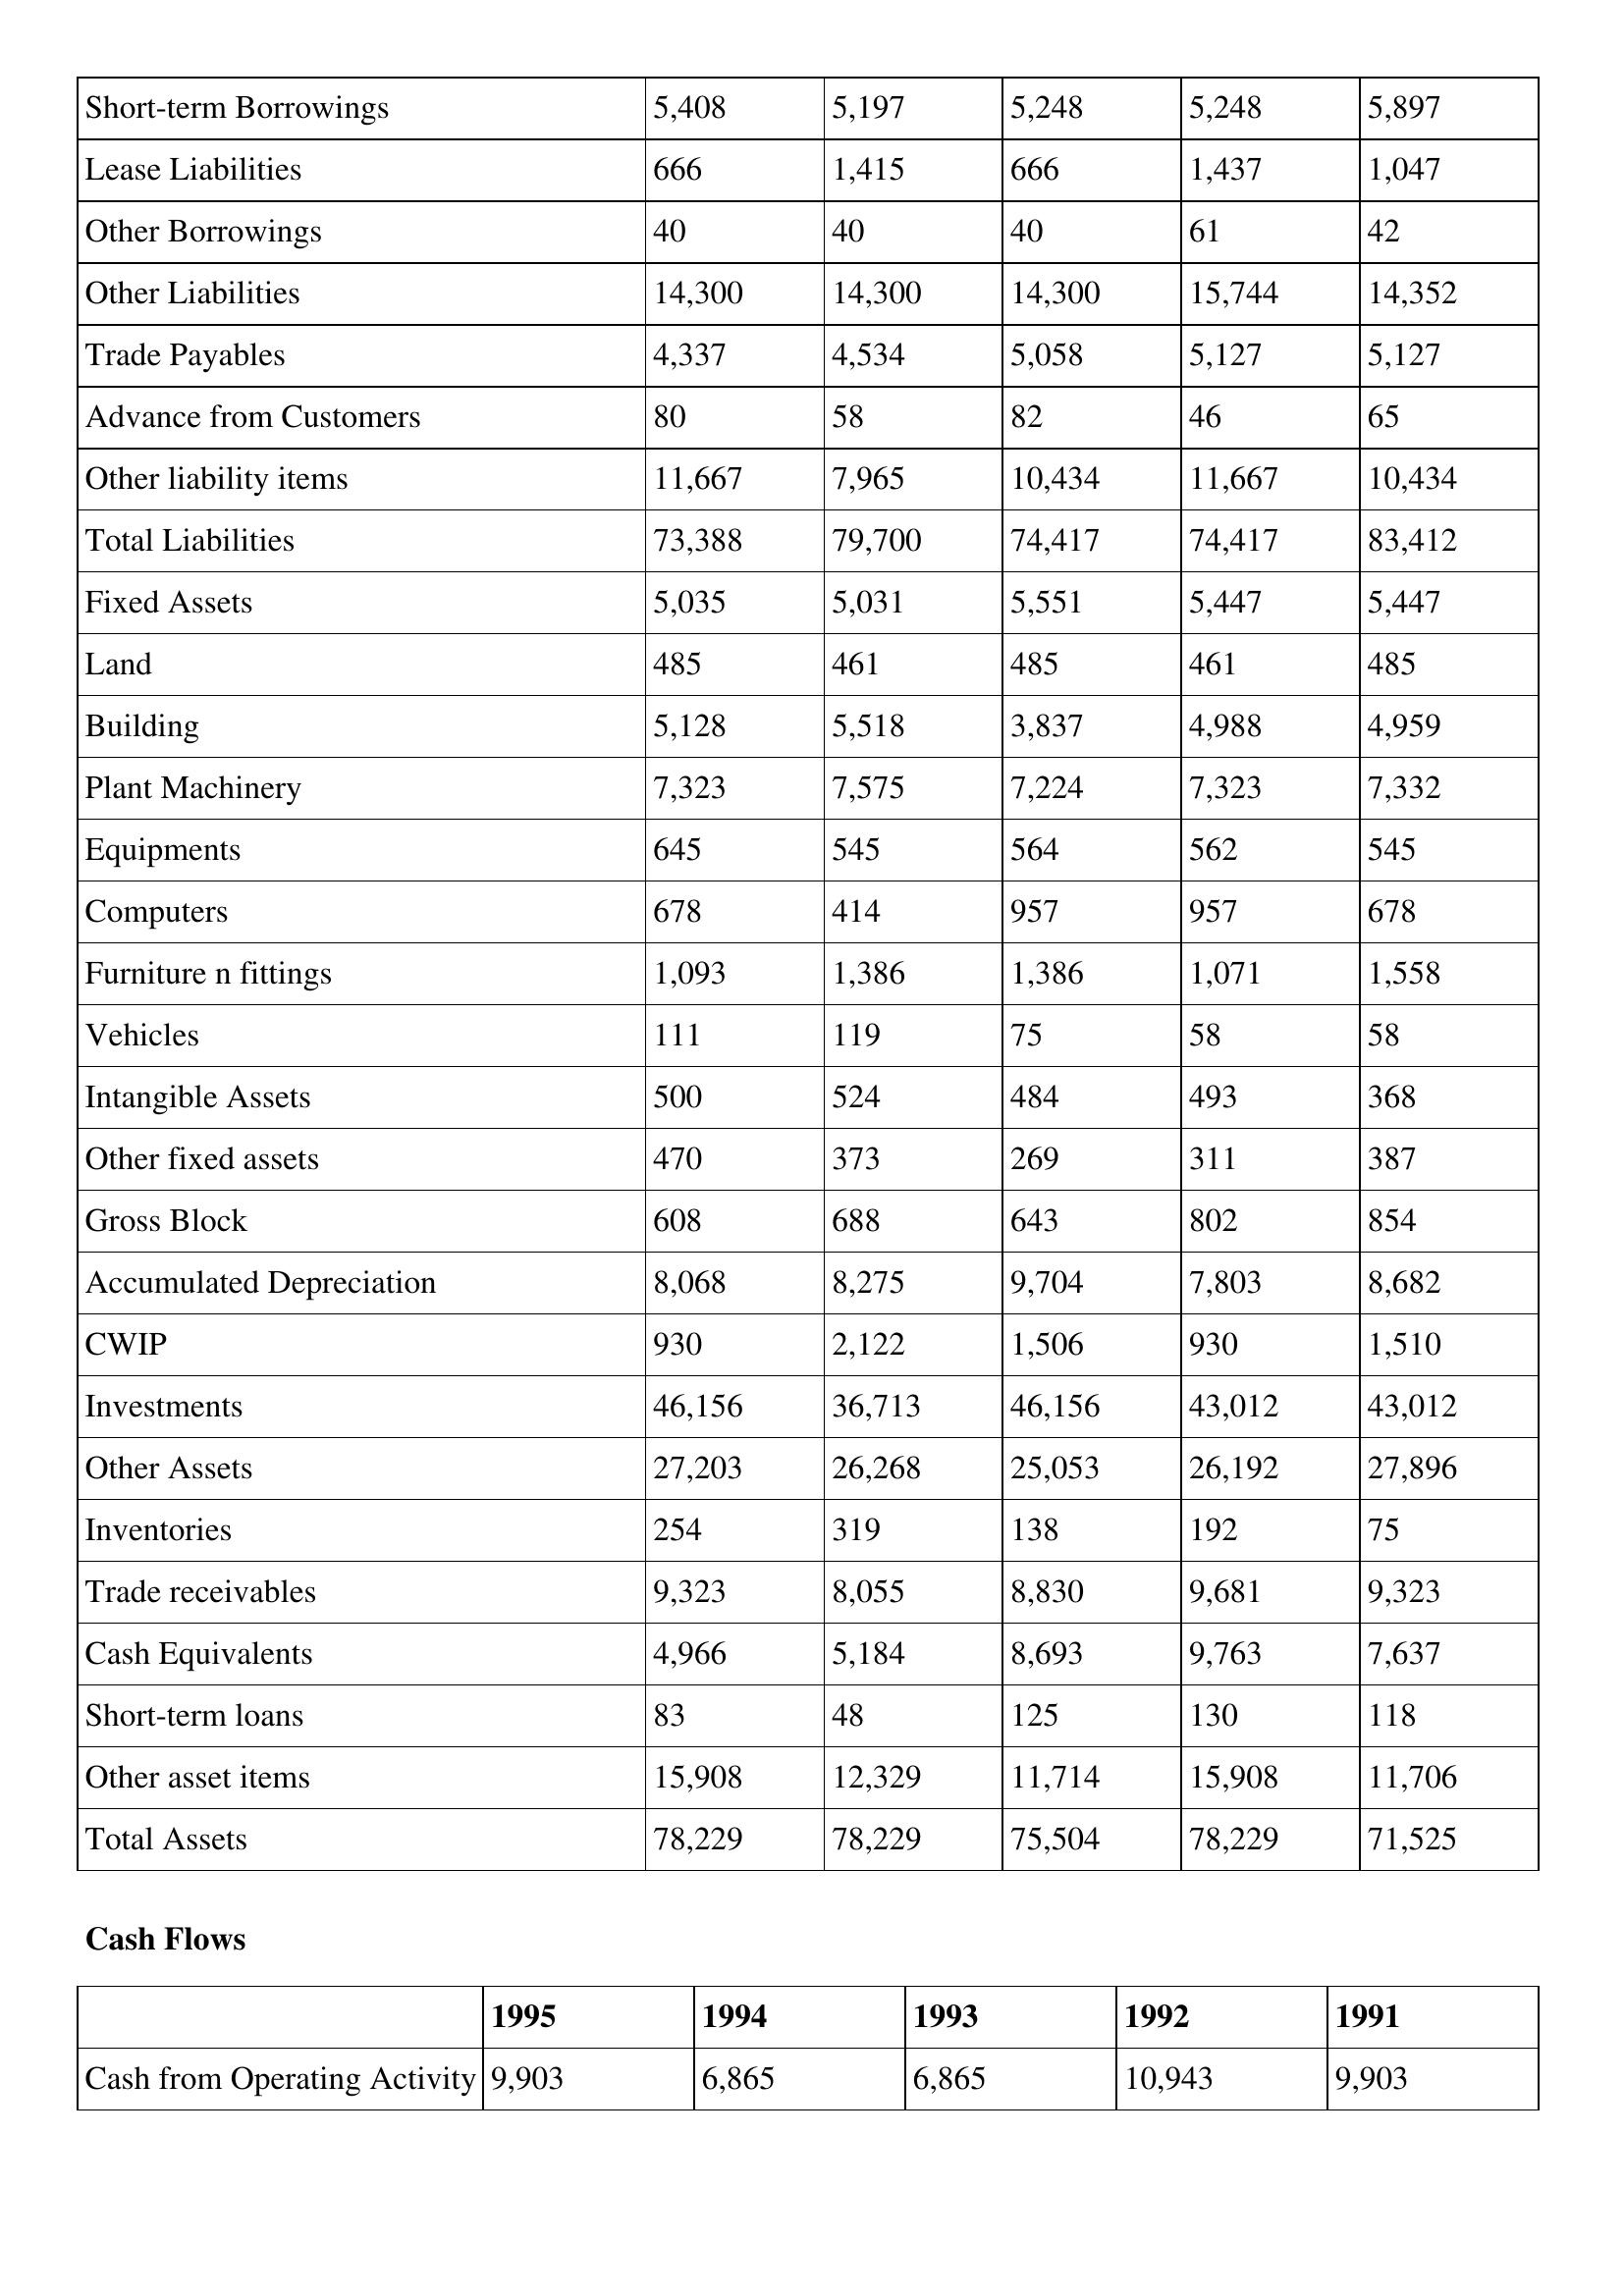
gt_parse: 1995: Balance Sheet: Short-term Borrowings: 5,408
Lease Liabilities: 666
Other Borrowings: 40
Other Liabilities: 14,300
Trade Payables: 4,337
Advance from Customers: 80
Other liability items: 11,667
Total Liabilities: 73,388
Fixed Assets: 5,035
Land: 485
Building: 5,128
Plant Machinery: 7,323
Equipments: 645
Computers: 678
Furniture n fittings: 1,093
Vehicles: 111
Intangible Assets: 500
Other fixed assets: 470
Gross Block: 608
Accumulated Depreciation: 8,068
CWIP: 930
Investments: 46,156
Other Assets: 27,203
Inventories: 254
Trade receivables: 9,323
Cash Equivalents: 4,966
Short-term loans: 83
Other asset items: 15,908
Total Assets: 78,229
Cash Flows: Cash from Operating Activity: 9,903
1994: Balance Sheet: Short-term Borrowings: 5,197
Lease Liabilities: 1,415
Other Borrowings: 40
Other Liabilities: 14,300
Trade Payables: 4,534
Advance from Customers: 58
Other liability items: 7,965
Total Liabilities: 79,700
Fixed Assets: 5,031
Land: 461
Building: 5,518
Plant Machinery: 7,575
Equipments: 545
Computers: 414
Furniture n fittings: 1,386
Vehicles: 119
Intangible Assets: 524
Other fixed assets: 373
Gross Block: 688
Accumulated Depreciation: 8,275
CWIP: 2,122
Investments: 36,713
Other Assets: 26,268
Inventories: 319
Trade receivables: 8,055
Cash Equivalents: 5,184
Short-term loans: 48
Other asset items: 12,329
Total Assets: 78,229
Cash Flows: Cash from Operating Activity: 6,865
1993: Balance Sheet: Short-term Borrowings: 5,248
Lease Liabilities: 666
Other Borrowings: 40
Other Liabilities: 14,300
Trade Payables: 5,058
Advance from Customers: 82
Other liability items: 10,434
Total Liabilities: 74,417
Fixed Assets: 5,551
Land: 485
Building: 3,837
Plant Machinery: 7,224
Equipments: 564
Computers: 957
Furniture n fittings: 1,386
Vehicles: 75
Intangible Assets: 484
Other fixed assets: 269
Gross Block: 643
Accumulated Depreciation: 9,704
CWIP: 1,506
Investments: 46,156
Other Assets: 25,053
Inventories: 138
Trade receivables: 8,830
Cash Equivalents: 8,693
Short-term loans: 125
Other asset items: 11,714
Total Assets: 75,504
Cash Flows: Cash from Operating Activity: 6,865
1992: Balance Sheet: Short-term Borrowings: 5,248
Lease Liabilities: 1,437
Other Borrowings: 61
Other Liabilities: 15,744
Trade Payables: 5,127
Advance from Customers: 46
Other liability items: 11,667
Total Liabilities: 74,417
Fixed Assets: 5,447
Land: 461
Building: 4,988
Plant Machinery: 7,323
Equipments: 562
Computers: 957
Furniture n fittings: 1,071
Vehicles: 58
Intangible Assets: 493
Other fixed assets: 311
Gross Block: 802
Accumulated Depreciation: 7,803
CWIP: 930
Investments: 43,012
Other Assets: 26,192
Inventories: 192
Trade receivables: 9,681
Cash Equivalents: 9,763
Short-term loans: 130
Other asset items: 15,908
Total Assets: 78,229
Cash Flows: Cash from Operating Activity: 10,943
1991: Balance Sheet: Short-term Borrowings: 5,897
Lease Liabilities: 1,047
Other Borrowings: 42
Other Liabilities: 14,352
Trade Payables: 5,127
Advance from Customers: 65
Other liability items: 10,434
Total Liabilities: 83,412
Fixed Assets: 5,447
Land: 485
Building: 4,959
Plant Machinery: 7,332
Equipments: 545
Computers: 678
Furniture n fittings: 1,558
Vehicles: 58
Intangible Assets: 368
Other fixed assets: 387
Gross Block: 854
Accumulated Depreciation: 8,682
CWIP: 1,510
Investments: 43,012
Other Assets: 27,896
Inventories: 75
Trade receivables: 9,323
Cash Equivalents: 7,637
Short-term loans: 118
Other asset items: 11,706
Total Assets: 71,525
Cash Flows: Cash from Operating Activity: 9,903